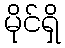
မိုင်ရှိ